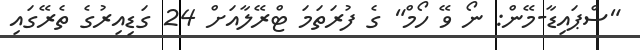
"ސްޕައިޑާ-މޭން: ނޯ ވޭ ހޯމް" ގެ ފުރަތަމަ ޓްރޭލާއަށް 24 ގަޑިއިރުގެ ތެރޭގައި